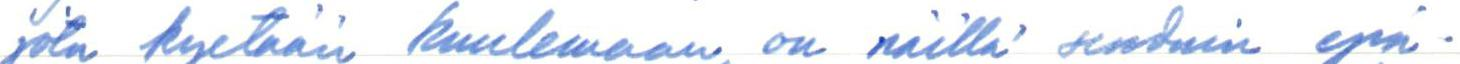
jota kyetään kuulemaan, on näillä seuduin epä-